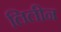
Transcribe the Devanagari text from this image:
लिलीन